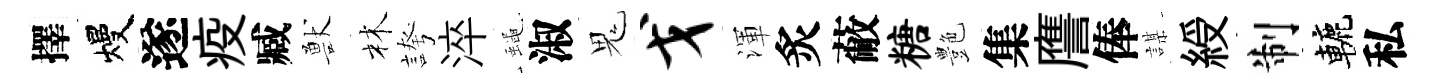
擇熳遂疫臧獸林誇淬蠅淑鬼戈渾炙蔽糖艶集譍俸謀綬制轆私